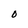
Character: O